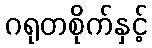
ဂရုတစိုက်နှင့်